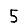
Digit: 5